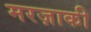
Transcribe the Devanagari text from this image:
मरज़ाकी